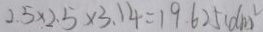
2 . 5 \times 2 . 5 \times 3 . 1 4 = 1 9 . 6 2 5 ( d m ^ { 2 } )